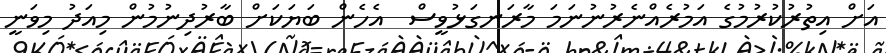
އަށް އިތުރުކުރުމުގެ އަމުރެއްނެރުނުނަމަ މާރަނގަޅުވީސް  އެހެން ބަޔަކަށް ބާރުދިނުމުން މިއަދު މިވަނީ